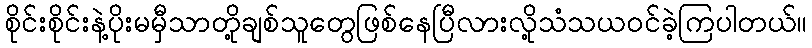
စိုင်းစိုင်းနဲ့ပိုးမမှီသာတို့ချစ်သူတွေဖြစ်နေပြီလားလို့သံသယဝင်ခဲ့ကြပါတယ်။